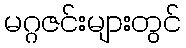
မဂ္ဂဇင်းများတွင်